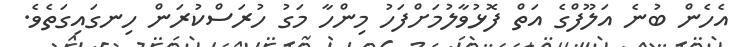
އެހެން ބުނެ އަލޫފްގެ އަތް ފޮޅުވާލުމަށްފަހު މިންހާ މަގު ހުރަސްކުރަން ހިނގައިގަތެވެ.